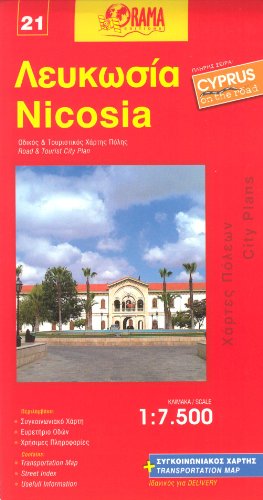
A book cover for Nicosia (Lefkosia, Cyprus) 1:7,500 Street Plan ORAMA, 2011 edition; Orama Cyprus; Travel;